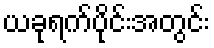
ယခုရက်ပိုင်းအတွင်း